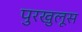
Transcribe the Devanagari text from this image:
पुरखुलूस